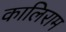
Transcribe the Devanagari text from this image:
कालिराम